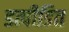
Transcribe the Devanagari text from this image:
डत्पीडित